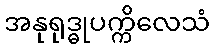
အနုရုဒ္ဓုပက္ကိလေသံ